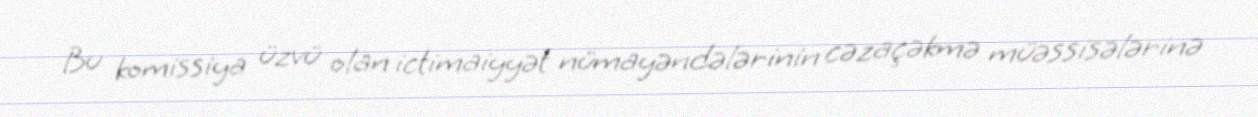
Bu komissiya üzvü olan ictimaiyyət nümayəndələrinin cəzaçəkmə müəssisələrinə